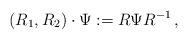
LaTeX: \begin{align*}(R_1,R_2)\cdot \Psi:= R\Psi R^{-1}\,,\end{align*}